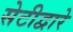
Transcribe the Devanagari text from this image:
सेटीद्वारे